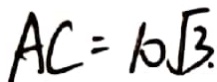
A C = 1 0 \sqrt { 3 } .